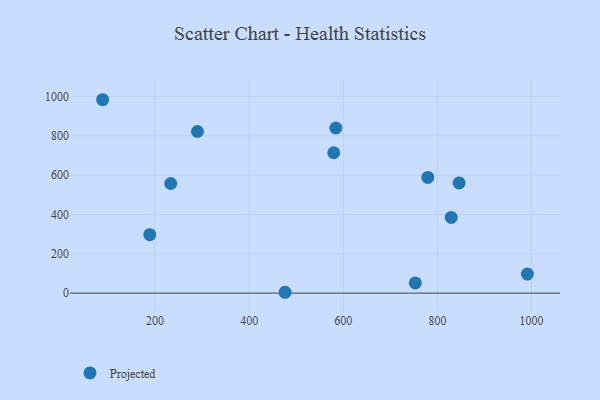
{"axis": {"x": "Distance", "y": "Salary"}, "legend": ["Projected"], "data": [{"x": "584.2", "y": 839.5, "type": "Projected"}, {"x": "476.3", "y": 4.3, "type": "Projected"}, {"x": "991.2", "y": 96.6, "type": "Projected"}, {"x": "233.3", "y": 557.4, "type": "Projected"}, {"x": "88.6", "y": 983.3, "type": "Projected"}, {"x": "290.1", "y": 821.8, "type": "Projected"}, {"x": "779.6", "y": 588.3, "type": "Projected"}, {"x": "188.8", "y": 297.4, "type": "Projected"}, {"x": "753.1", "y": 51.8, "type": "Projected"}, {"x": "846.1", "y": 560.5, "type": "Projected"}, {"x": "579.8", "y": 713.7, "type": "Projected"}, {"x": "829.4", "y": 385.0, "type": "Projected"}]}